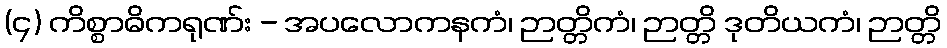
(၄) ကိစ္စာဓိကရုဏ်း - အပလောကနကံ၊ ဉာတ္တိကံ၊ ဉာတ္တိ ဒုတိယကံ၊ ဉာတ္တိ